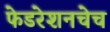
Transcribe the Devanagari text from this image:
फेडरेशनचेच